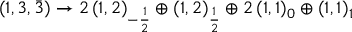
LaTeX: ( 1 , 3 , { \bar { 3 } } ) \rightarrow 2 \, ( 1 , 2 ) _ { - { \frac { 1 } { 2 } } } \oplus ( 1 , 2 ) _ { \frac { 1 } { 2 } } \oplus 2 \, ( 1 , 1 ) _ { 0 } \oplus ( 1 , 1 ) _ { 1 }